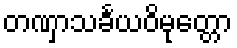
တဏှာသင်္ခယဝိမုတ္တော